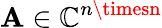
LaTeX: \mathbf{A}\in\mathbb{{C}}^{n\timesn}